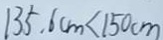
1 3 5 . 6 c m < 1 5 0 c m